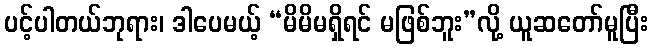
ပင့်ပါတယ်ဘုရား၊ ဒါပေမယ့် “မိမိမရှိရင် မဖြစ်ဘူး”လို့ ယူဆတော်မူပြီး